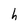
Character: h